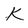
Character: K